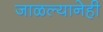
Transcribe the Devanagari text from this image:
जाळल्यानेही